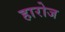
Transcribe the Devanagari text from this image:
हारोज